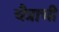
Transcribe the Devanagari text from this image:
चैत्राची